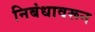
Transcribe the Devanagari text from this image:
निबंधावरून